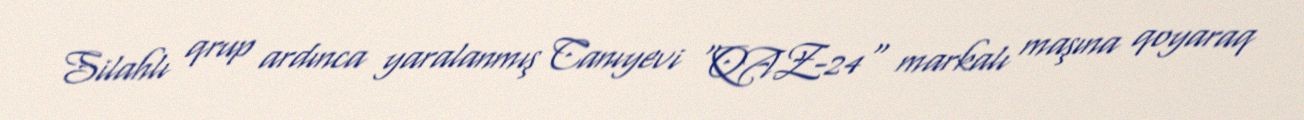
Silahlı qrup ardınca yaralanmış Canıyevi "QAZ-24" markalı maşına qoyaraq